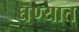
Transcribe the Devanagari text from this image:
घॆण्यात